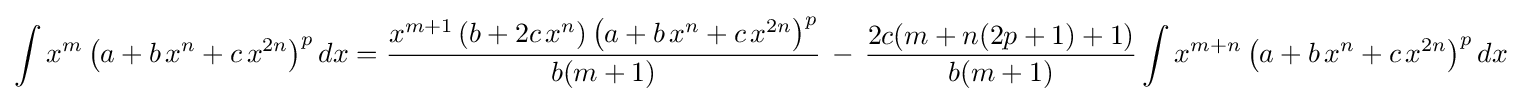
\int x^{m}\left(a+b\,x^{n}+c\,x^{2n}\right)^{p}dx={\frac {x^{m+1}\left(b+2c\,x^{n}\right)\left(a+b\,x^{n}+c\,x^{2n}\right)^{p}}{b(m+1)}}\,-\,{\frac {2c(m+n(2p+1)+1)}{b(m+1)}}\int x^{m+n}\left(a+b\,x^{n}+c\,x^{2n}\right)^{p}dx